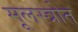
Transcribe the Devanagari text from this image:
मूलस्त्रोत